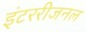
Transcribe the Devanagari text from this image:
इंटररीजनल